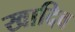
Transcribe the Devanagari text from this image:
खादिव